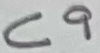
Text: C9